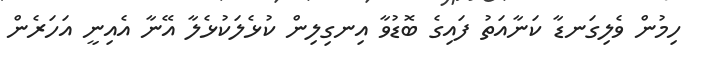
ހިމުން ވެލިގަނޑާ ކަނާއަތު ފައިގެ ބޮޑުވާ އިނގިލިން ކުޅެލަކުޅެލާ އޭނާ އެއިނީ އަހަރެން